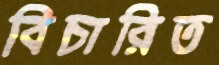
বিচারিত